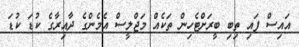
އައިސް ފައި ތިބި ބީރަށްޓެހިން ތަކެއް މަޖްލީސް އެމެންގެ ދާއިރާގެ ކުޑަ ކުޑަ